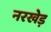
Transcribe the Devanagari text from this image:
नरखेड़